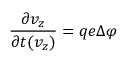
\frac { \partial v _ { z } } { \partial t ( v _ { z } ) } = q e \Delta \varphi